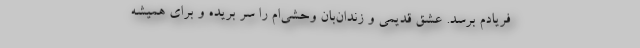
فریادم برسد. عشق قدیمی و زندان‌بان وحشی‌ام را سر بریده و برای همیشه